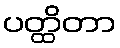
ပတ္ထိတာ